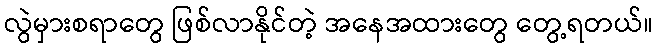
လွဲမှားစရာတွေ ဖြစ်လာနိုင်တဲ့ အနေအထားတွေ တွေ့ရတယ်။